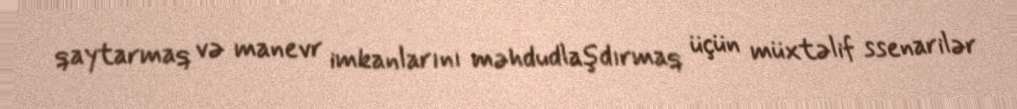
qaytarmaq və manevr imkanlarını məhdudlaşdırmaq üçün müxtəlif ssenarilər